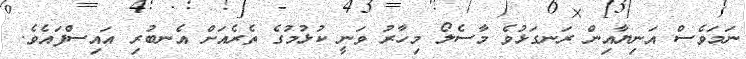
ނަމަވެސް އަނިޔާއިން ރަނގަޅުވެ މާސެލޯ މިހާރު ވަނީ ކުޅުމުގެ ތެރެއަށް އެނބުރި އައިސްފައެވެ.